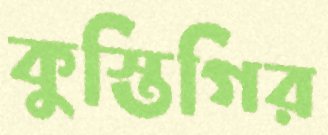
কুস্তিগির